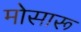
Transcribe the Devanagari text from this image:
मोसारू